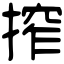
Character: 搾